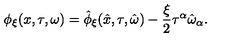
\phi _ { \xi } ( x , \tau , \omega ) = \hat { \phi } _ { \xi } ( \hat { x } , \tau , \hat { \omega } ) - \frac { \xi } { 2 } \tau ^ { \alpha } \hat { \omega } _ { \alpha } .